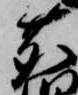
鹿